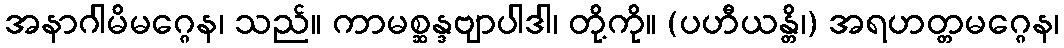
အနာဂါမိမဂ္ဂေန၊ သည်။ ကာမစ္ဆန္ဒဗျာပါဒါ၊ တို့ကို။ (ပဟီယန္တိ၊) အရဟတ္တမဂ္ဂေန၊